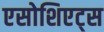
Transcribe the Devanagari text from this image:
एसोशिएट्स